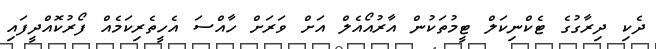
ދެކި ދިރާގުގެ ޓެކްނިކަލް ޓީމުތަކުން އާރުއޯއެލް އަށް ވަރަށް ހާއްސަ އެހީތެރިކަމެއް ފޯރުކޮއްދީފަައި